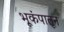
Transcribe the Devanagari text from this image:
भूकंपातून